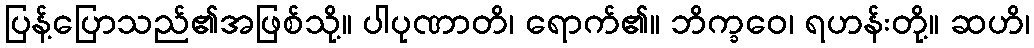
ပြန့်ပြောသည်၏အဖြစ်သို့။ ပါပုဏာတိ၊ ရောက်၏။ ဘိက္ခဝေ၊ ရဟန်းတို့။ ဆဟိ၊